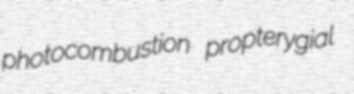
photocombustion propterygial